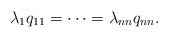
\begin{align*}\lambda_1q_{11} = \dots = \lambda_{nn}q_{nn}.\end{align*}